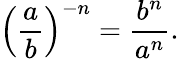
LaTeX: \left({\frac{a}{b}}\right)^{-n}={\frac{b^{n}}{a^{n}}}.